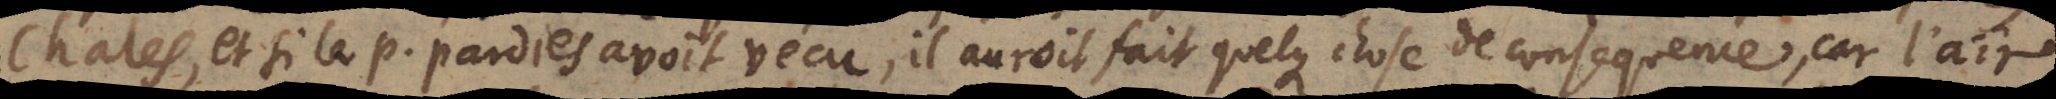
Chales, et si le P. Pardies avoit vécu, il auroit fait quelque chose de consequence, car l’air